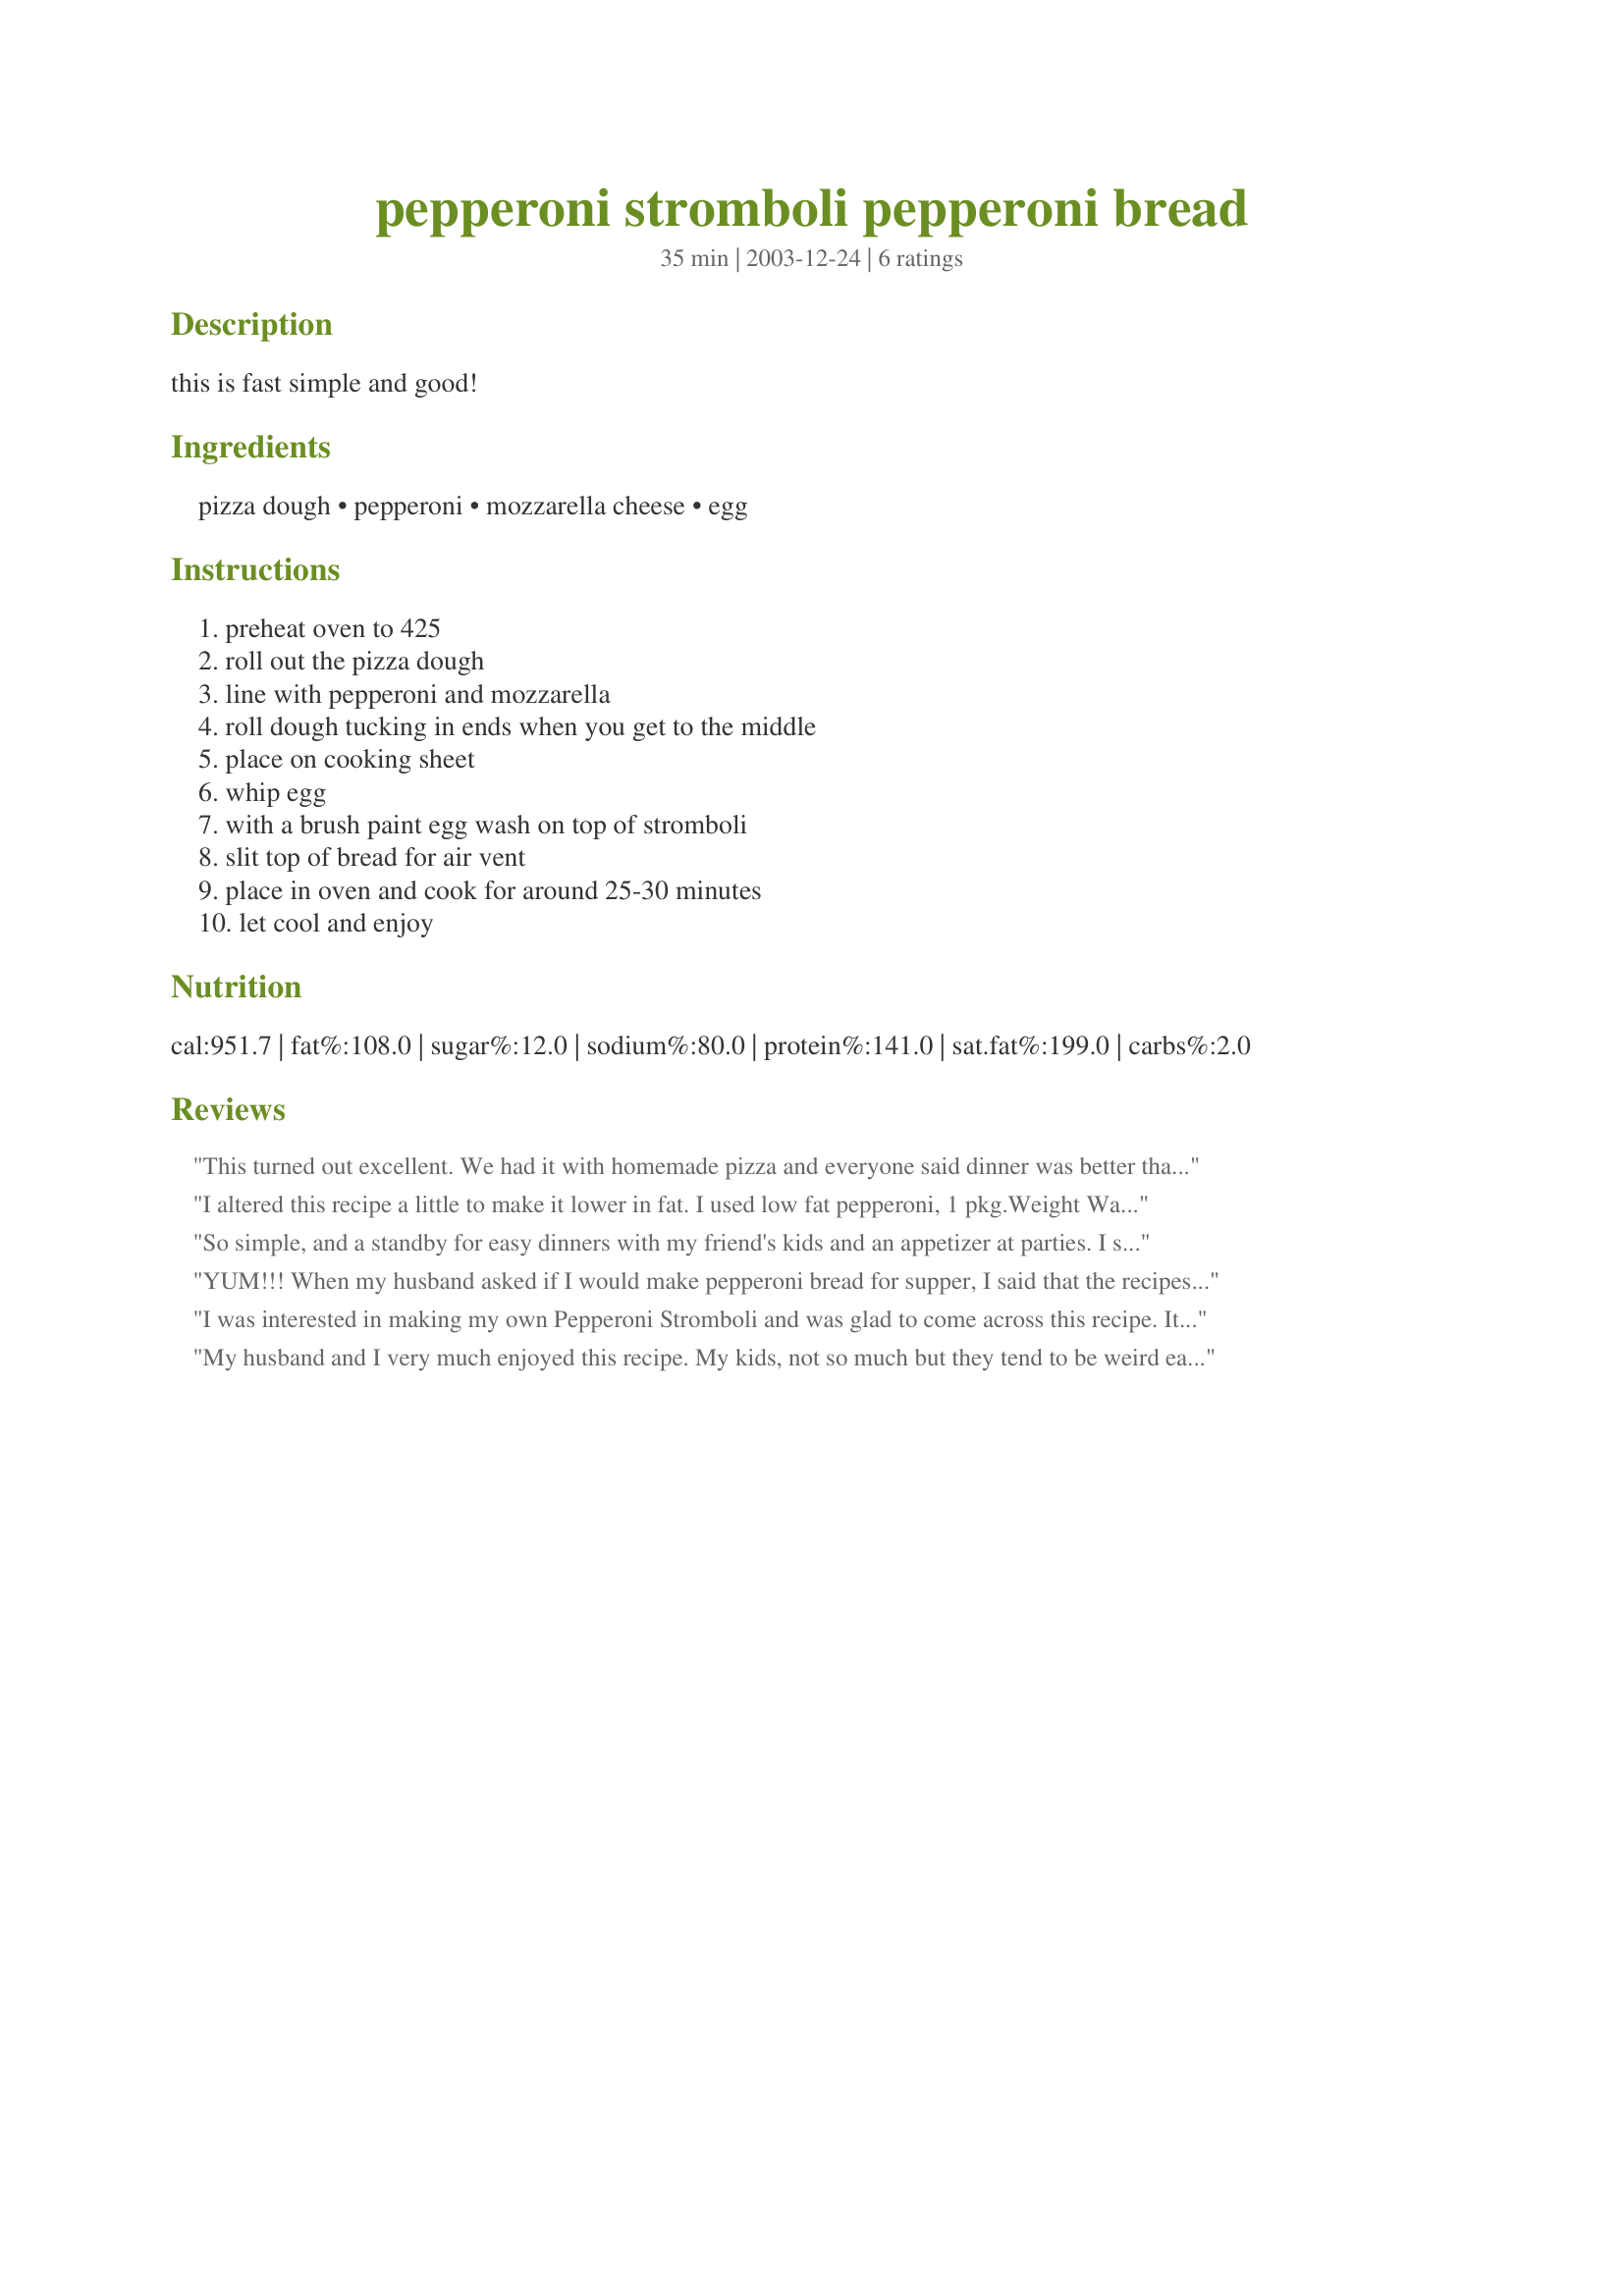
pepperoni stromboli pepperoni bread
Preparation time: 35 minutes

this is fast simple and good!

Ingredients:
pizza dough, pepperoni, mozzarella cheese, egg

Steps:
preheat oven to 425, roll out the pizza dough, line with pepperoni and mozzarella, roll dough tucking in ends when you get to the middle, place on cooking sheet, whip egg, with a brush paint egg wash on top of stromboli, slit top of bread for air vent, place in oven and cook for around 25-30 minutes, let cool and enjoy

Reviews:
This turned out excellent. We had it with homemade pizza and everyone said dinner was better than ordering from the pizza parlor. This recipe would be easier if the weights of the meat, cheese and dough were included. I used a 1 lb. pizza dough, about 5 oz. of pepperoni and 8 oz. of cheese, if that helps anyone (also sprinkled some parmesan over all). I didn't use the egg wash, but brushed with olive oil and sprinkled with oregano before baking. After removing from the oven, I laid a towel over it for a few minutes so the crust would soften up a bit. Thanks for sharing.
I altered this recipe a little to make it lower in fat. I used low fat pepperoni, 1 pkg.Weight Watchers 2% shredded cheese trio (mozzarella, provolone, parmesean), and also added 1 pkg of Biboli pizza sauce on top of the cheese, just squeezed out in teaspoons across the top before rolling the dough. Very easy, very quick, and delicious.
So simple, and a standby for easy dinners with my friend's kids and an appetizer at parties. I sometimes use frozen bread dough, and sometimes use the Pillsbury roll-out pizza crusts. Both work well for this recipe. We always have spaghetti sauce on the side to dip the pizza-like rolls in.
YUM!!! When my husband asked if I would make pepperoni bread for supper, I said that the recipes would probably take too long to make. But this one was perfect! I made the dough from a Betty Crocker pizza dough mix. I actually used tomato sauce too on ours. I rolled them up, spread the egg on them, and they baked perfectly! I think I had the oven set for 450, because that's what the pizza dough mix said to do. This is definitely a repeat recipe. Thanks for posting the recipe.
I was interested in making my own Pepperoni Stromboli and was glad to come across this recipe. It made for a wonderful meal paired with a side salad. To reduce the fat I used "reduced fat" pizza dough in the refrigerated section, and turkey pepperoni. I also reduced the baking time and used the time given for the actual pizza dough, which was about 17 minutes. Thanks for the recipe!!!
My husband and I very much enjoyed this recipe. My kids, not so much but they tend to be weird eaters. I cut the pizza dough in half, and made half according to this recipe and I made the other half with wax peppers (the way the local pizza joint makes it) It was very yummy, and I will probably make it again, only letting the children pick their own stuffing ingredients!
